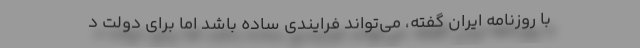
با روزنامه ایران گفته، می‌تواند فرایندی ساده باشد اما برای دولت د